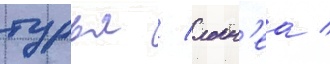
турья / локн'еа /